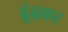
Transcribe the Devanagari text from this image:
ढूंढ़कर